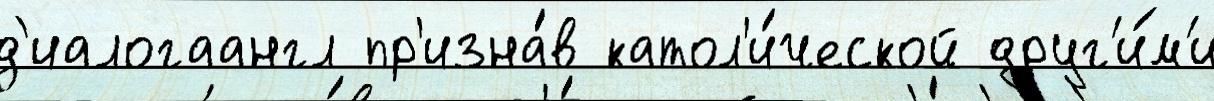
д'иалогаангл пр'изна́в катол'и́ческой друг'и́м'и